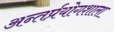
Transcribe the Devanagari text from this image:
अन्तर्प्रयोगशाला